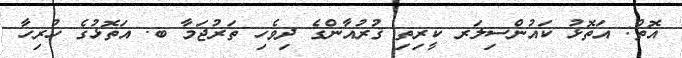
އޮތް: އަތޮޅު ކައުންސިލަރ ކީރިތި ޤުރުއާންގެ ދިވެހި ތަރުޖަމާ ބ. އަތޮޅުގެ ހުރިހާ